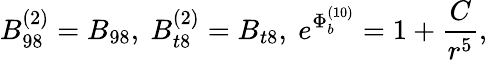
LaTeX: B_{98}^{(2)}=B_{98},~B_{t8}^{(2)}=B_{t8},~e^{{\Phi}_{b}^{(10)}}={{1+{\frac{C}{r^{5}}}}},